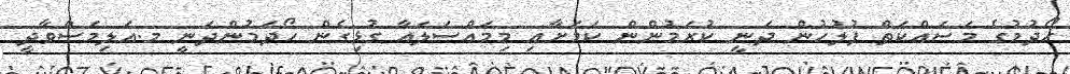
ހޯދުމުގެ މަސައްކަތް ފުލުހުން ދަނީ ކުރަމުންން ކަމަށާއި މިމައްސަލައާ ގުޅިގެން ހޯދަމުންދަނީ މ.އަލިމަސްވާދީ